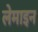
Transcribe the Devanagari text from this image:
लेमाइन